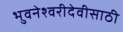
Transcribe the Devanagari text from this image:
भुवनेश्वरीदेवीसाठी